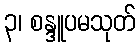
၃၊ စန္ဒူပမသုတ်